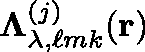
\mathbf { \Lambda } _ { \lambda , \ell m k } ^ { ( j ) } ( \mathbf { r } )